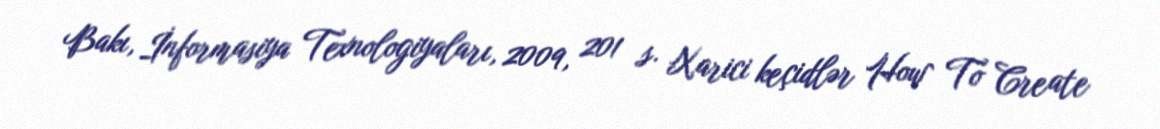
Bakı, İnformasiya Texnologiyaları, 2009, 201 s. Xarici keçidlər How To Create